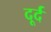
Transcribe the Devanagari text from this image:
दूर्द